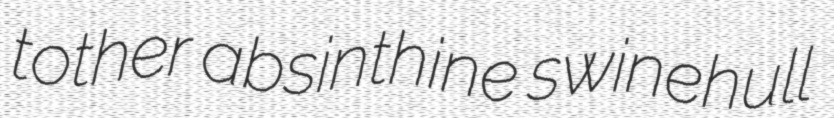
tother absinthine swinehull